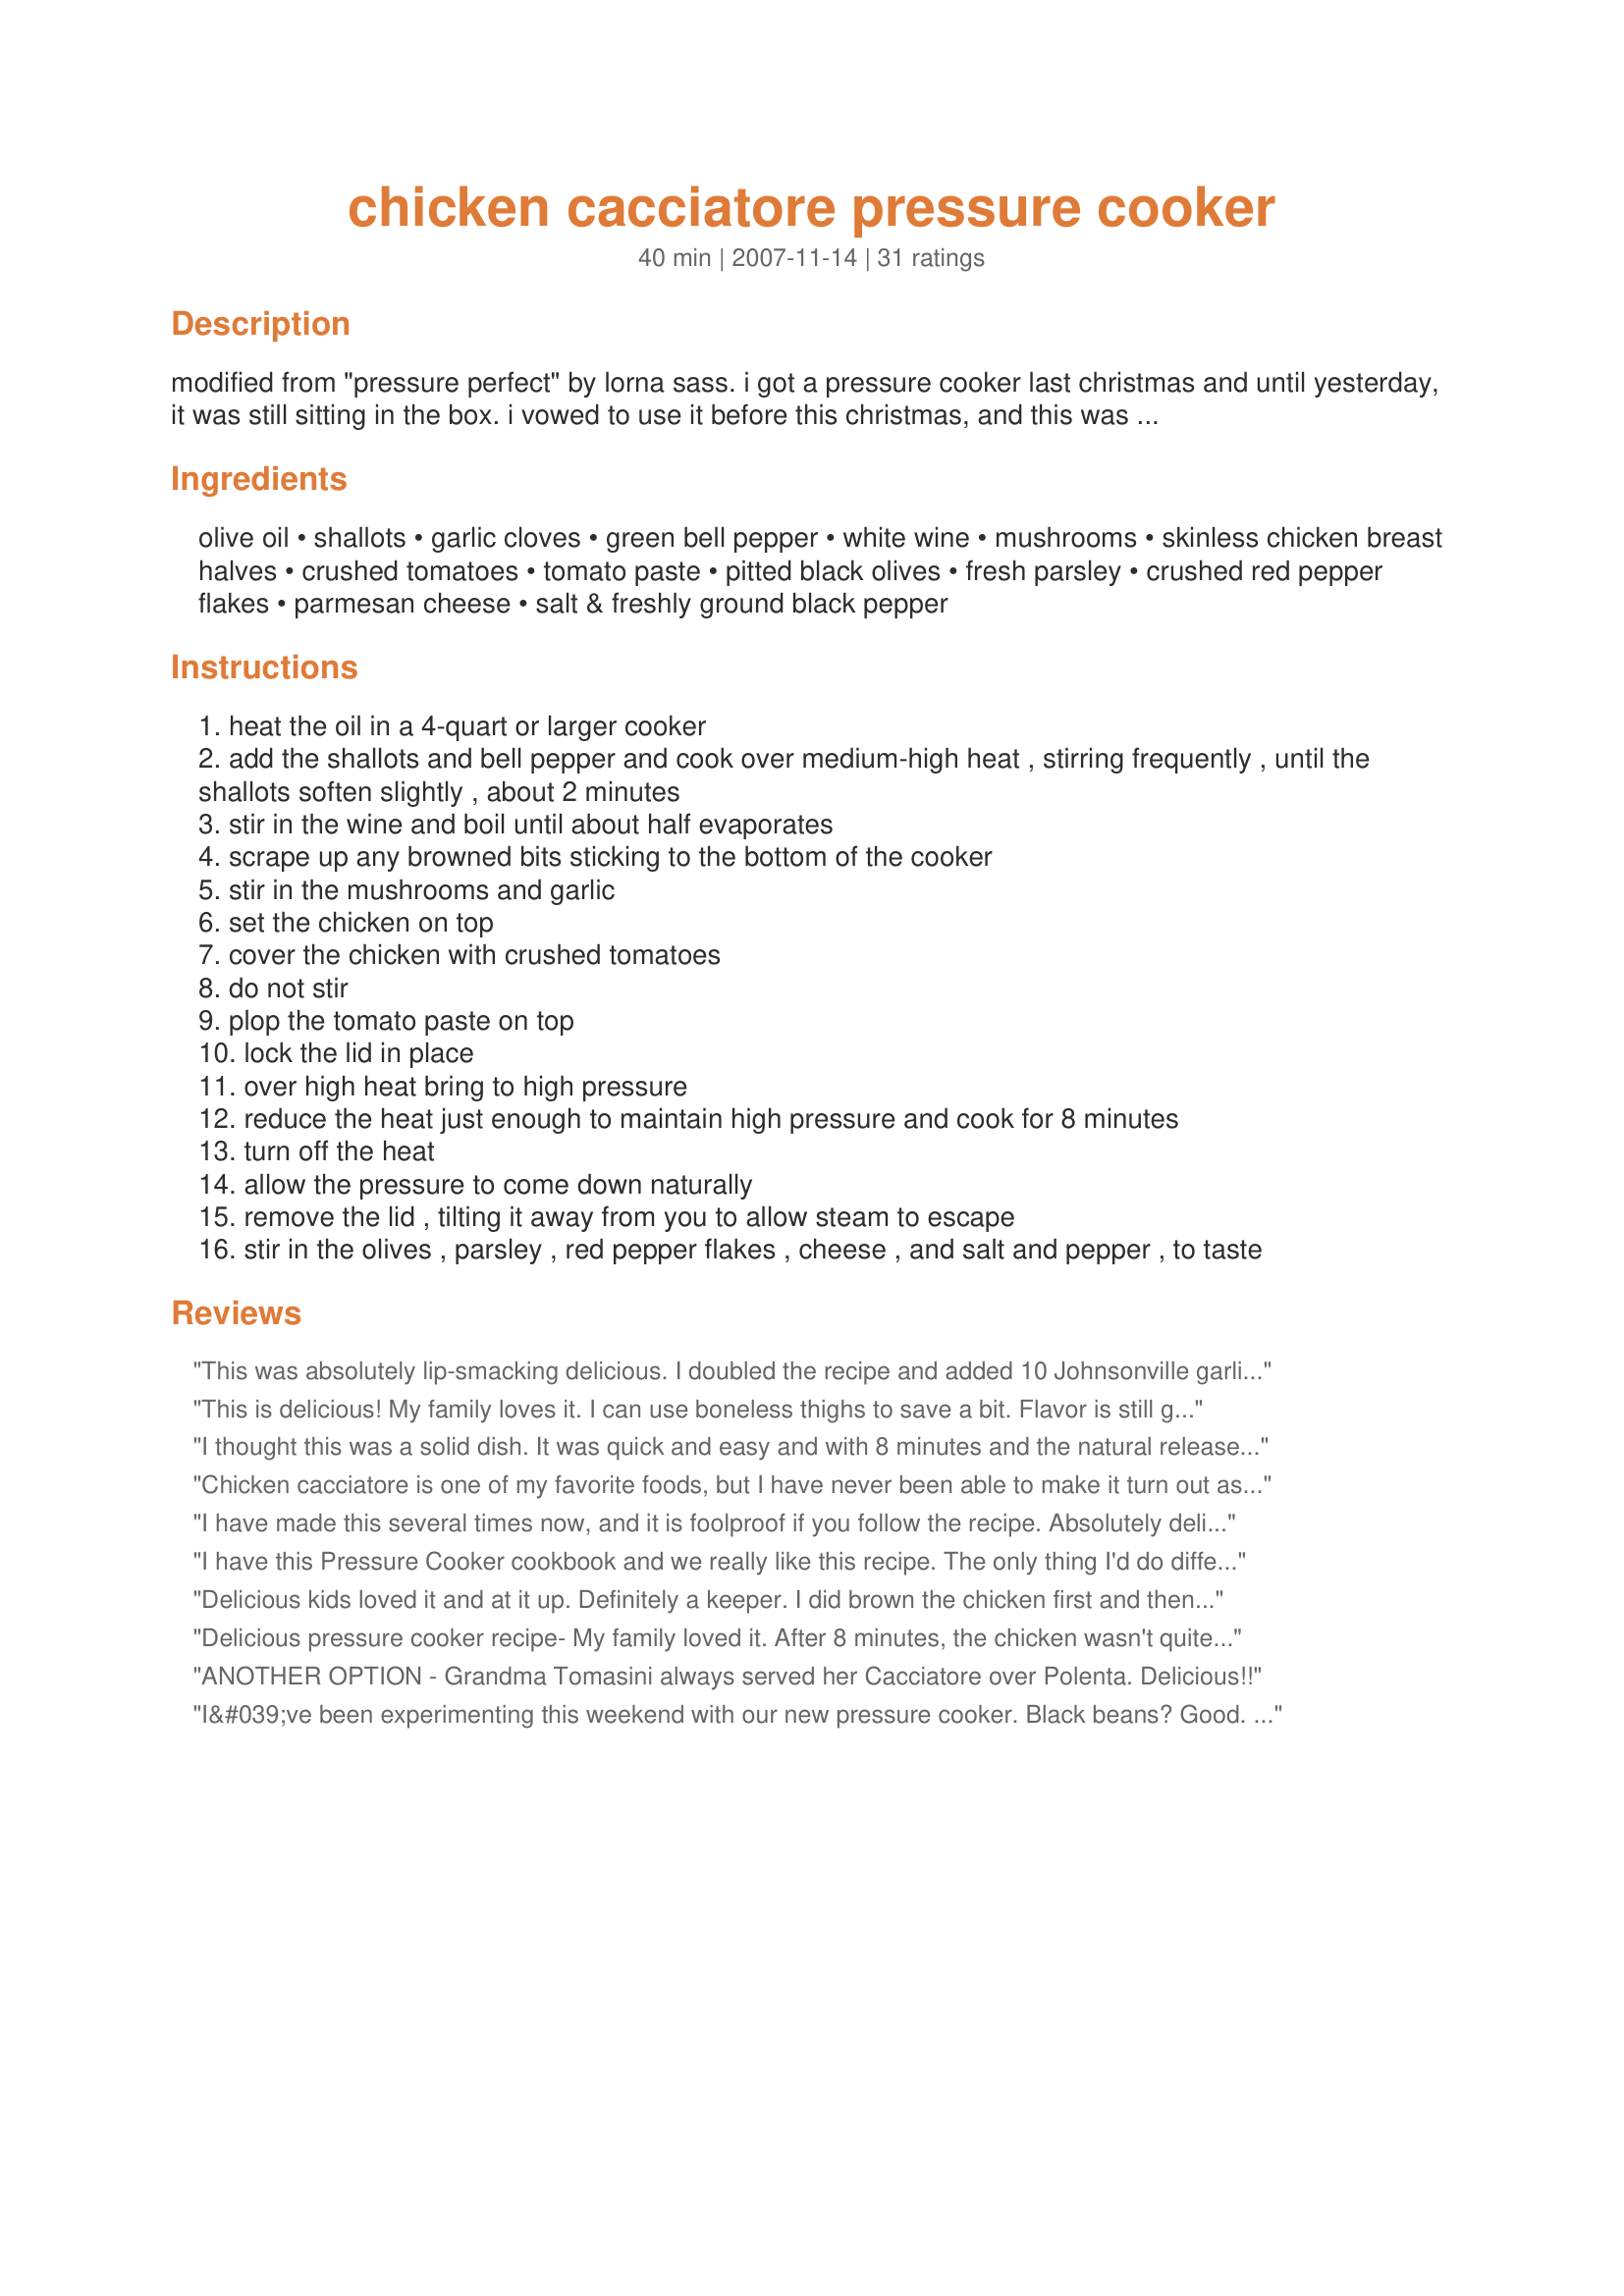
chicken cacciatore pressure cooker
Preparation time: 40 minutes

modified from "pressure perfect" by lorna sass. i got a pressure cooker last christmas and until yesterday, it was still sitting in the box. i vowed to use it before this christmas, and this was the first thing i made in it. i made a few substitutions based on what i had on hand, and i was so happy with the results.

serve with rice, pasta or potatoes.

Ingredients:
olive oil, shallots, garlic cloves, green bell pepper, white wine, mushrooms, skinless chicken breast halves, crushed tomatoes, tomato paste, pitted black olives, fresh parsley, crushed red pepper flakes, parmesan cheese, salt & freshly ground black pepper

Steps:
heat the oil in a 4-quart or larger cooker
add the shallots and bell pepper and cook over medium-high heat , stirring frequently , until the shallots soften slightly , about 2 minutes
stir in the wine and boil until about half evaporates
scrape up any browned bits sticking to the bottom of the cooker
stir in the mushrooms and garlic
set the chicken on top
cover the chicken with crushed tomatoes
do not stir
plop the tomato paste on top
lock the lid in place
over high heat bring to high pressure
reduce the heat just enough to maintain high pressure and cook for 8 minutes
turn off the heat
allow the pressure to come down naturally
remove the lid , tilting it away from you to allow steam to escape
stir in the olives , parsley , red pepper flakes , cheese , and salt and pepper , to taste

Reviews:
This was absolutely lip-smacking delicious. I doubled the recipe and added 10 Johnsonville garlic sausages to the bottom of the pot and tripled the tomato paste because I didn't have a small can and didn't want to waste what was left over. I used more garlic as well, since we like garlic in my house. I served the chicken over broad noodles. Next time I will try brown rice. The sauce is so tasty, it will leave a wonderful taste in your mouth. The kalamata olives are a must. Froze four portions for easy meals down the road.
This is delicious! My family loves it. I can use boneless thighs to save a bit. Flavor is still great. Any leftovers are gone quickly. It&#039;s quick and easy and oh so good! A wonderful dinner in less than an hour to your table. I serve over brown rice.
I thought this was a solid dish. It was quick and easy and with 8 minutes and the natural release method, my chicken was cooked perfectly. The recipe itself was a bit confusing as the ingredients list mentions shallots and garlic but doesn't mention it in the directions. I omitted the olives and used fresh tomatoes. This is something I would make again. Thanks.
Chicken cacciatore is one of my favorite foods, but I have never been able to make it turn out as well as others. This recipe is the best I ever had! I love to use my pressure cooker because it is faster. I wish I could give extra stars for using the pressure cooker. I followed the recipe EXACTLY using chicken breasts. Everything was perfectly cooked, the chicken was juicy and tender and the flavor was beyond any chicken cacciatore I've ever had. We had this with baked potatoes (what my mother always made) and a salad. My husband doesn't care much for chicken, but will eat it, and he said he would like me to make this again! If he liked it that much, it has to be good!<br/><br/>With the leftovers, I cooked some pasta, cut up the chicken and heated it in the sauce (which I thickened with a little more tomato paste), and stirred in the pasta when it was done. This made a wonderful pasta dish, too. Thank you, BxChick, for posting
I have made this several times now, and it is foolproof if you follow the recipe. Absolutely delicious! And what I find amazing is how incredibly flavorful the sauce is, considering there are really not that many ingredients in the dish. I will definitely make this on a regular basis. I ended up using a full pound of mushrooms (instead of 10 ounces) and it still came out perfect. I served it last time over mashed potatoes, but it's also excellent over rice or egg noodles.
I have this Pressure Cooker cookbook and we really like this recipe. The only thing I'd do differently next time is put less black olives in, but this is a great recipe!
Delicious kids loved it and at it up. Definitely a keeper. I did brown the chicken first and then took it out and followed recipe as written. At the end i added 3 slices of provolone in addition to the parmasean. This is definitely a keeper. Moist, flavorful and delicious. This will be a new go to recipe!
Delicious pressure cooker recipe- My family loved it. After 8 minutes, the chicken wasn't quite done, so I cooked it for 2 minutes longer and it was perfect, fall off the bone, yummy. I did add a little honey with the tomatoes. The sauce was amazing.
ANOTHER OPTION - Grandma Tomasini always served her Cacciatore over Polenta. Delicious!!
I&#039;ve been experimenting this weekend with our new pressure cooker. Black beans? Good. Lentils? Great. London broil? Good flavor but overcooked. Chicken cacciatore? Ding ding ding - we have a winner.&lt;br/&gt;&lt;br/&gt;I served it over polenta and it was excellent. I followed the recipe closely - next time I would brown the skinless chicken thighs quickly (although my instant read thermometer showed they cooked to a perfectly done 168 degrees after 9 minutes under pressure) - and - I would saute the garlic with the shallots. Also - I didn&#039;t dice the green pepper, but rather cut it into 1-inch squares. In any event, this one&#039;s a keeper.
I needed a quick meal and this was amazing. I paired it with orzo. I didn&#039;t have mushrooms and the only wine I had was a white zinfandel and it made it taste a little on the sweet side which everyone loved. Will definitely use again and again and again.
This is one of the best recipes ever! I doubled the crushed tomatoes and I used skinless and boneless chicken breasts. I also followed the cooking time suggestion from my pressure cooker instruction book of 15 mins. The result is amazing and the Cacciatore tastes like its been simmering all day not 15 mins. This is a keeper!
This was my first shot at ever using a pressure cooker. I had to substitute an onion for the shallots and used a whole chicken and red pepper based on what I had on hand. The recipe was fantastic and I have a very skeptical picky group of eaters. The sauce was awesome. I liked the red pepper flakes at the end especially. Don't forget to add the garlic with the onions as this step is left out. I cooked it for 9 minutes because of my inexperience. I doubt it made a difference. The chicken was fall apart tender. I am adding this to my regular rotation of recipes.
This is a keeper. So delish. fast and easy. The olives and fresh cheese are a must, for this dish.<br/>I just threw all the veg in at once and added some Italian seasoning, than the wine.<br/>added some hot chili paste to the tomato paste. I think next time I will brown the chicken just a tad, for better apperence Served with rice and peas. A devine meal.<br/>TIP...I take a can of tomato paste and put 1 tab. on a piece of wax paper, than put in a frezzer bag. great for when you only need a bit.
My husband and I tripled this recipe for a party of 12. First time with our pressure cooker. Used boneless, skinless thighs and breasts served on a bed of rotini pasta, family style. Presentation and taste was fantastic. Our guests raved and we were impressed with how easy it was to put together. A keeper!
It was delicious. It was my first time using our pressure cooker and I'm impressed. I changed a few things mainly due to what I had on hand. I used onions instead of shallots, omitted the olives, browned the chicken first, used chicken broth instead of wine and added several other seasonings. I'll bookmark this and make again I'm sure.
This was great! Added some marinated artichoke hearts as well. Great pressure cooker recipe!
A nice first experience with using a pressure cooker!! I omitted the olives and green pepper and used a can of diced tomatoes. 8 minutes and the chicken was perfectly tender. The flavors were even more developed the next day! Thanks for posting!
Made this for my family the other night and it was by far the best Cacciatore recipe I have ever made. Will definitely make again.
This was superb! My whole family, the younger ones and older ones alike, loved it. There was no leftovers that I was hoping for lunch the next day. One of my sons asked me to make it a second time this week. It&#039;s a keeper!
brought an electric pressure cooker today, and will deff be trying this recipe
This was great! I didn't have chicken with bones in it so I left the boneless chicken pieces whole.
Outstanding recipe. I use a cup of pinot gris or pinot grisio and a teaspoon of pepper flakes. Have tried substituting turkey for the chicken and it doesn&#039;t work well. Have substituted garbanzo beans for the chicken and it is great. Also substituted oyster mushrooms. Great recipe!!!
Wow, loved this! Really great flavors with the wine and olives. I used bone-in thighs and legs that I skinned. Served over egg noodles, yum!
Wow this was really delicious! I only had dry vermouth on hand, so I mixed half and half vermouth and unsweetened apple juice and subbed it for the white wine. I also didn't have any black olives in my cupboard, so I used regular pimento stuffed green olives, well rinsed. I also used a tin of sliced mushrooms. I served it with whole wheat bows. Thanks for a great recipe!!
LOVE IT! Thank you for posting. This was my first time using my new pressure cooker (old fashioned, not electric). I used boneless chicken and it was frozen and I added frozen cut green beans to the mushrooms. Time didn&#039;t even change for the frozen because of the lack of bones. Easy and DELICIOUS!!!!
This is just the best and easiest. I doubled everything but the chicken as wanted more sauce for the leftovers. Definitely will make this one again.
OMG...what a great recipe. I used red wine instead of white and left out the olives(which I don't care for) and I placed sweet Italian Sausage in it as well. This is definately a keeper. Thanks for posting.
I have been looking for an easy Cacciatore recipe and this one was terrific! It was easy to make and tasted like I knocked myself out cooking! My 4 year old even liked it and that's impressive!
yummy yummy yummy very good
I made this chicken cacciatore Recipe best tasting pressure cooker chicken my family has had loved it thanks.
